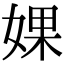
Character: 婐